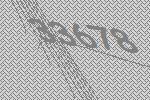
33678